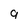
Character: q